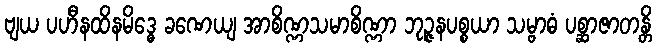
ဗျယ ပဟီနထိနမိဒ္ဓေ ခဏေယျ အာစိဏ္ဏသမာစိဏ္ဏာ ဘုဉ္ဇနပစ္စယာ သမ္ဗာဓံ ပစ္ဆာဇာတန္တိ